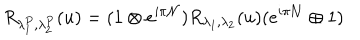
LaTeX: R _ { \lambda _ { 1 } ^ { P } , \lambda _ { 2 } ^ { P } } ( u ) = ( 1 \otimes e ^ { i \pi { \cal N } } ) R _ { \lambda _ { 1 } , \lambda _ { 2 } } ( u ) ( e ^ { i \pi { \cal N } } \oplus 1 )